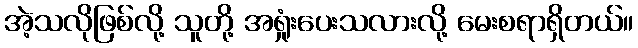
အဲ့သလိုဖြစ်လို့ သူတို့ အရှုံးပေးသလားလို့ မေးစရာရှိတယ်။